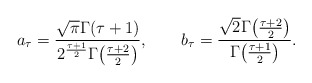
\begin{align*}a_\tau = { \sqrt{\pi} \Gamma(\tau+1) \over 2^{\tau+1\over 2} \Gamma\!\left( {\tau+2 \over 2} \right)}, \qquad b_\tau = { \sqrt{2} \Gamma\!\left( {\tau+2 \over 2} \right) \over \Gamma\!\left( {\tau+1 \over 2} \right) }.\end{align*}